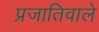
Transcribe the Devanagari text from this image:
प्रजातिवाले